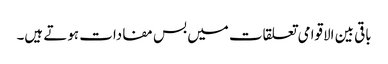
باقی بین الاقوامی تعلقات میں بس مفادات ہوتے ہیں۔